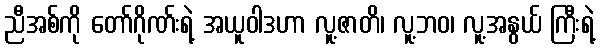
ညီအစ်ကို တော်ဂိုဏ်းရဲ့ အယူဝါဒဟာ လူ့ဇာတိ၊ လူ့ဘဝ၊ လူ့အနွယ် ကြီးရဲ့